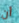
أن